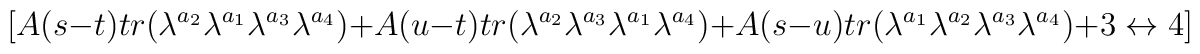
[A(s-t)tr(\lambda^{a_2}\lambda^{a_1}\lambda^{a_3}\lambda^{a_4})+A(u-t)tr(\lambda^{a_2}\lambda^{a_3}\lambda^{a_1}\lambda^{a_4})+A(s-u)tr(\lambda^{a_1}\lambda^{a_2}\lambda^{a_3}\lambda^{a_4})+3\leftrightarrow 4]